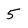
Character: 5